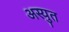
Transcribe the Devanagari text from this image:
अस्युत